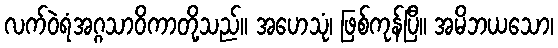
လက်ဝဲရံအဂ္ဂသာဝိကာတို့သည်။ အဟေသုံ၊ ဖြစ်ကုန်ပြီ။ အမိဘယသော၊